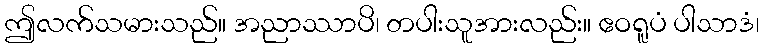
ဤလက်သမားသည်။ အညာဿာပိ၊ တပါးသူအားလည်း။ ဧဝရူပံ ပါသာဒံ၊